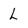
Character: L